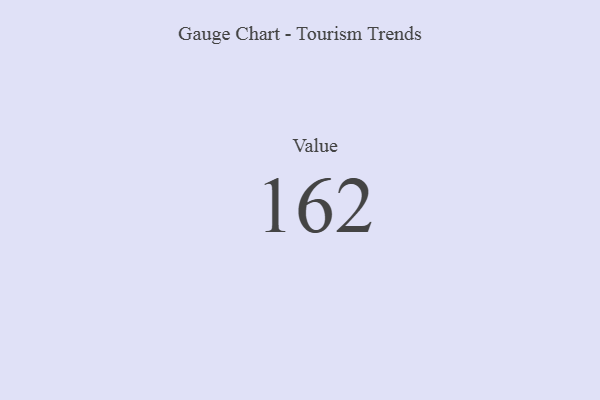
{"axis": {"x": "Metric", "y": "Value"}, "legend": [""], "data": [{"x": "Value", "y": 162, "type": ""}]}